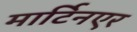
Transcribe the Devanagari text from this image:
मार्टिनएर